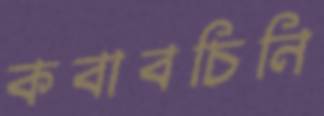
কবাবচিনি